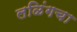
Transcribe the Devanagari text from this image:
लळिंगचा